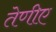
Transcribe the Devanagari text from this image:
तेणीए